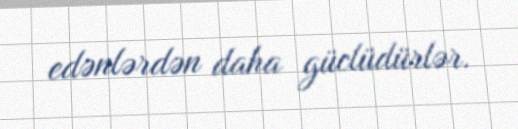
edənlərdən daha güclüdürlər.